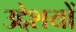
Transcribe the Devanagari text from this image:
उद्देशयों